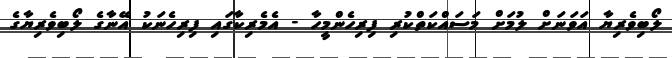
ލޯބިވެރިޔާ އަވަނަށް ލުމަށް މަސައްކަތްކުރި ފިރިހެންމީހާ - އެމެރިކާގައި ފިރިހެނަކު އޭނާގެ ލޯބިވެރިޔާގެ